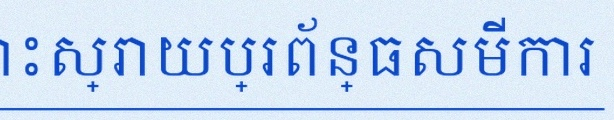
ដោះស្រាយប្រព័ន្ធសមីការ